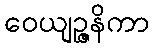
ဝေယျဉ္ဇနိကာ